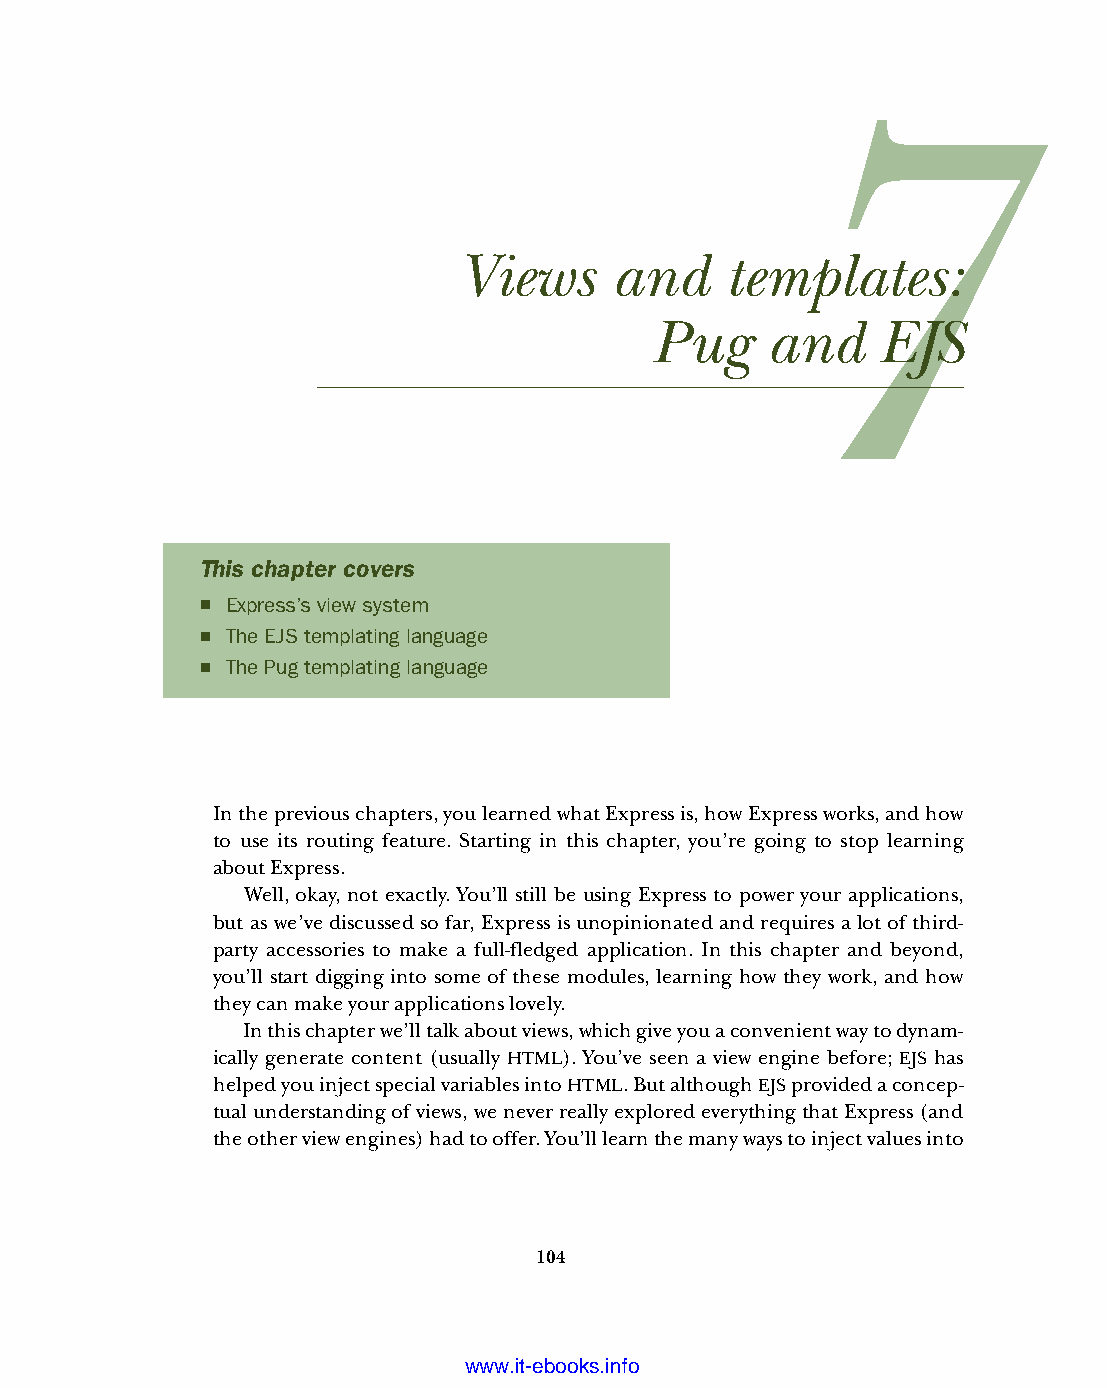
Views     and     templates:
 Pug     and    EJS
 This chapter covers
 ■ Express’s view system
 ■ The EJS templating language
 ■ The Pug templating language
 In the previous chapters, you learned what Express is, how Express works, and how
 to use its routing feature. Starting in this chapter, you’re going to stop learning
 about Express.
 Well, okay, not exactly. You’ll still be using Express to power your applications,
 but as we’ve discussed so far, Express is unopinionated and requires a lot of third-
 party accessories to make a full-fledged application. In this chapter and beyond,
 you’ll start digging into some of these modules, learning how they work, and how
 they can make your applications lovely.
 In this chapter we’ll talk about views, which give you a convenient way to dynam-
 ically generate content (usually HTML). You’ve seen a view engine before; EJS has
 helped you inject special variables into HTML. But although EJS provided a concep-
 tual understanding of views, we never really explored everything that Express (and
 the other view engines) had to offer. You’ll learn the many ways to inject values into
 104
 Licensed wtow w <.mit-ielebro.8o8k8s@.ingfomail.com>